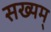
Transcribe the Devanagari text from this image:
सख्यम्